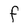
Character: F